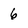
Character: 6